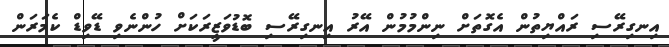
އިނގިރޭސި ރައްޔިތުން އެގޮތަށް ނިންމުމުން އޭރު އިނގިރޭސި ބޮޑުވަޒީރަކަށް ހުންނެވި ޑޭވިޑް ކެމަރަން